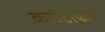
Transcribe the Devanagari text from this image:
काउंटरफोर्ट